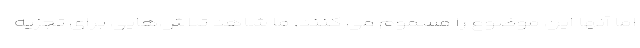
اما آنها این موضوع را مسموم می کنند. ما شاهد تلاش‌هایی برای تجزیه